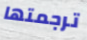
ترجمتها